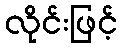
လိုင်းဖြင့်